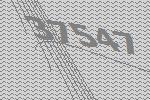
37547